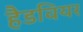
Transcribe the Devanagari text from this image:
हैडवियर